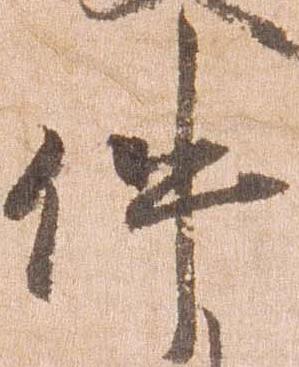
件